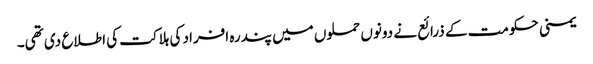
یمنی حکومت کے ذرائع نے دونوں حملوں میں پندرہ افراد کی ہلاکت کی اطلاع دی تھی۔